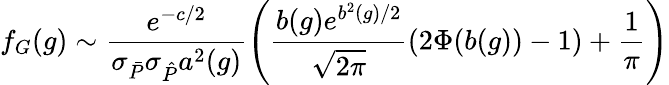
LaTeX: f_{G}(g)\sim\frac{e^{-c/2}}{\sigma_{\bar{P}}\sigma_{\hat{P}}a^{2}(g)}\left(\frac{b(g)e^{b^{2}(g)/2}}{\sqrt{2\pi}}(2\Phi(b(g))-1)+\frac{1}{\pi}\right)